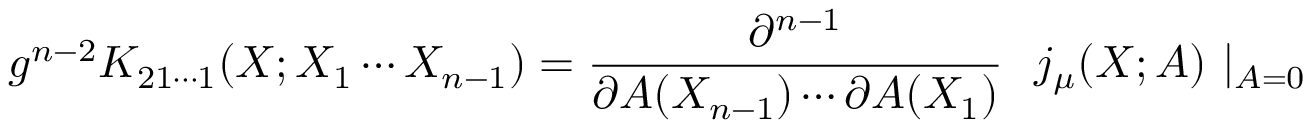
g ^ { n - 2 } K _ { 2 1 \cdots 1 } ( X ; X _ { 1 } \cdots X _ { n - 1 } ) = { \frac { \partial ^ { n - 1 } } { \partial A ( X _ { n - 1 } ) \cdots \partial A ( X _ { 1 } ) } } \ \ j _ { \mu } ( X ; A ) \ \vert _ { A = 0 }